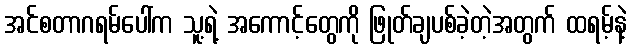
အင်စတာဂရမ်ပေါ်က သူ့ရဲ့ အကောင့်တွေကို ဖြုတ်ချပစ်ခဲ့တဲ့အတွက် ထရမ့်နဲ့